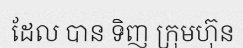
ដែល បាន ទិញ ក្រុមហ៊ុន